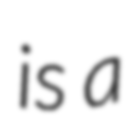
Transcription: is a